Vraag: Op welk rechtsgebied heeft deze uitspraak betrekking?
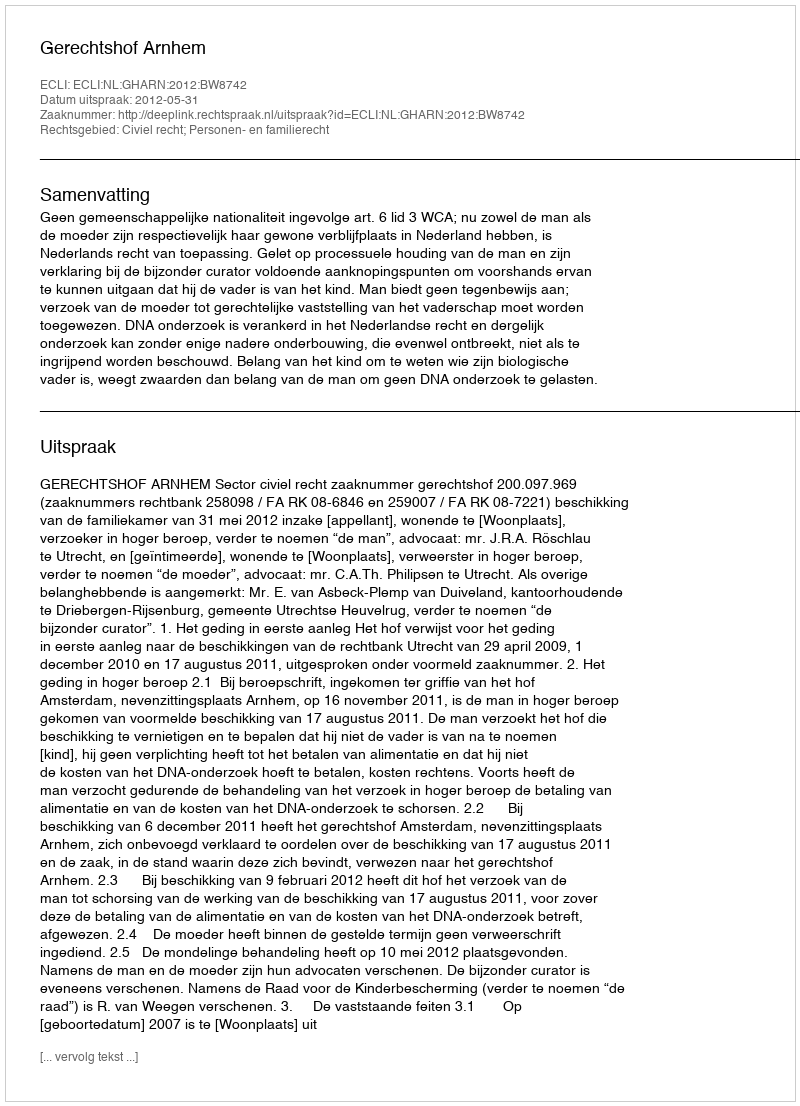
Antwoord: Civiel recht; Personen- en familierecht